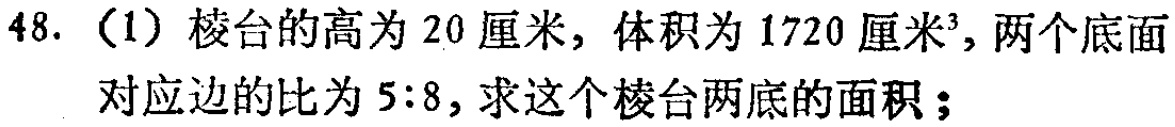
48.（1）棱台的高为20厘米，体积为1720厘米³，两个底面对应边的比为5:8，求这个棱台两底的面积；